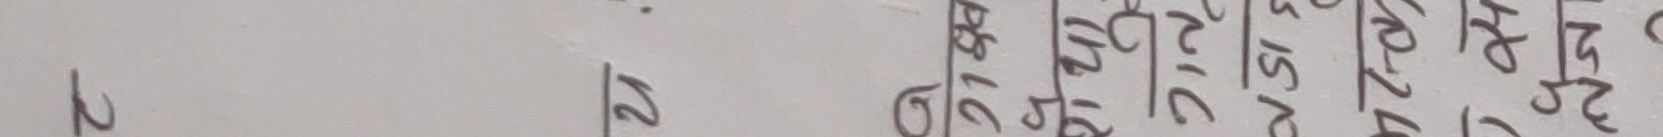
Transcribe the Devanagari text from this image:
२
१२
१८
१७
१७
१५
१४